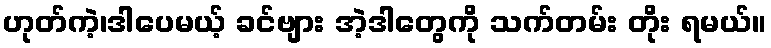
ဟုတ်ကဲ့၊ဒါပေမယ့် ခင်ဗျား အဲ့ဒါတွေကို သက်တမ်း တိုး ရမယ်။